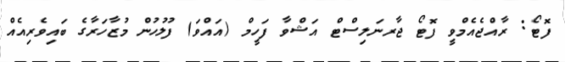
ފޮޓޯ: ރާއްޖެއެމްވީ ފޮޓޯ ޖާރނަލިސްޓް އަޝްވާ ފަހީމް (އައްވަ) ފުލުހުން މުޒާހަރާގެ ބައިވެރިއެއް